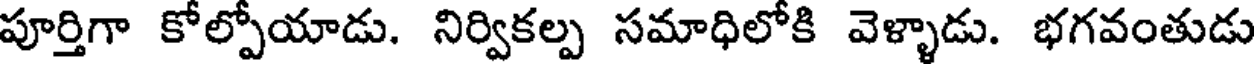
పూర్తిగా కోల్పోయాడు. నిర్వికల్ప సమాధిలోకి వెళ్ళాడు. భగవంతుడు